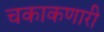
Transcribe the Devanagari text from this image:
चकाकणारी